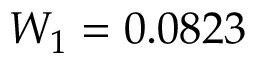
W _ { 1 } = 0 . 0 8 2 3